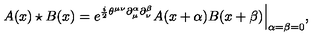
A ( x ) \star B ( x ) = e ^ { \frac { i } { 2 } \theta ^ { \mu \nu } \partial _ { \mu } ^ { \alpha } \partial _ { \nu } ^ { \beta } } A ( x + \alpha ) B ( x + \beta ) \Big | _ { \alpha = \beta = 0 } ,